Scottish Certificate of Education, 1963
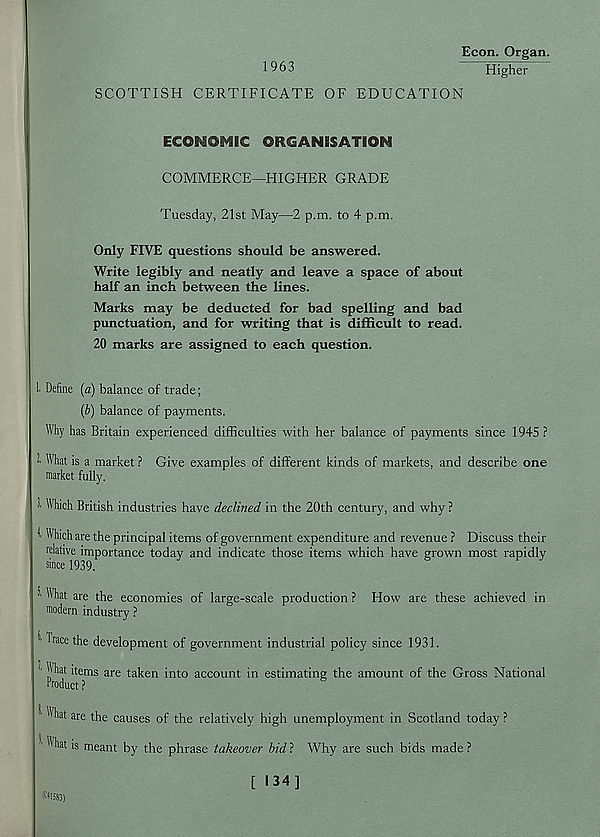
Econ. Organ.
1963
Higher
SCOTTISH CERTIFICATE OF EDUCATION
ECOgtiOMBC OUCANESATION
COMMERCE—HIGHER GRADE
Tuesday, 21st May—2 p.m. to 4 p.m.
Only FIVE questions should be answered.
Write legibly and neatly and leave a space of about
half an inch between the lines.
Marks may be deducted for bad spelling and bad
punctuation, and for writing that is difficult to read.
20 marks are assigned to each question.
1. Define (a) balance of trade;
(b) balance of payments.
Why has Britain experienced difficulties with her balance of payments since 1945 ?
~ What is a market ? Give examples of different kinds of markets, and describe one
market fully.
1 Which British industries have declined in the 20th century, and why ?
1 HMch are the principal items of government expenditure and revenue ? Discuss their
relative importance today and indicate those items which have grown most rapidly
! ' 'll® are the economies of large-scale production ? How are these achieved in
modern industry ?
Trace the development of government industrial policy since 1931.
hat items are taken into account in estimating the amount of the Gross National
Product?
■ 11 hat are the causes of the relatively high unemployment in Scotland today?
111 hat is meant by the phrase takeover bidl Why are such bids made ?
[ 134]
KM583)